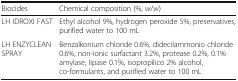
| Biocides | Chemical composition (%, w/w) |
 | --- | --- |
 | LH IDROXI FAST | Ethyl alcohol 9%, hydrogen peroxide 5%, preservatives, purified water to 100 mL |
 | LH ENZYCLEAN SPRAY | Benzalkonium chloride 0.6%, didecilammonio chloride 0.6%, non-ionic surfactant 3.2%, protease 0.2%, 0.1% amylase, lipase 0.1%, isopropilico 2% alcohol, co-formulants, and purified water to 100 mL |